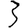
Digit: 3